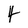
Character: 4